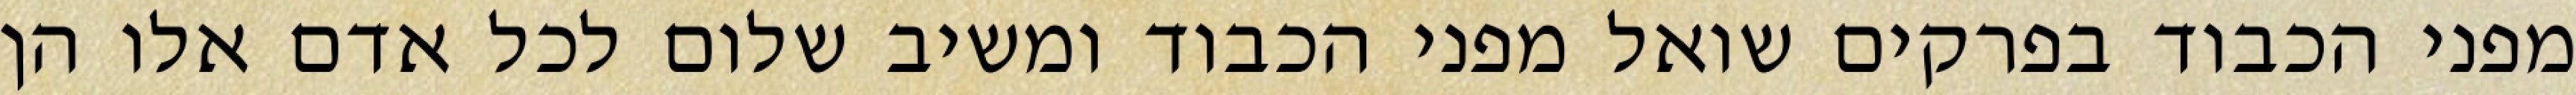
מפני הכבוד בפרקים שואל מפני הכבוד ומשיב שלום לכל אדם אלו הן